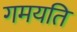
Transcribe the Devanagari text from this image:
गमयति